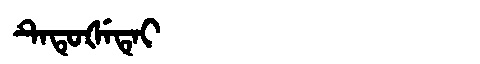
Manchu: ᡨᡝᡨᡠᡧᡝᡨᡝᡳ
Romanization: TETUŠETEI